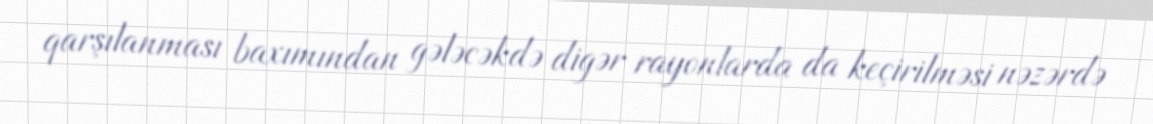
qarşılanması baxımından gələcəkdə digər rayonlarda da keçirilməsi nəzərdə